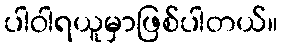
ပါဝါရယူမှာဖြစ်ပါတယ်။